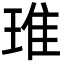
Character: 琟